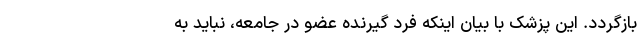
بازگردد. این پزشک با بیان اینکه فرد گیرنده عضو در جامعه،‌ نباید به